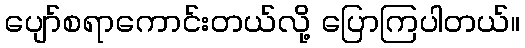
ပျော်စရာကောင်းတယ်လို့ ပြောကြပါတယ်။